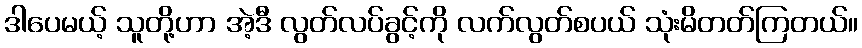
ဒါပေမယ့် သူတို့ဟာ အဲ့ဒီ လွတ်လပ်ခွင့်ကို လက်လွတ်စပယ် သုံးမိတတ်ကြတယ်။